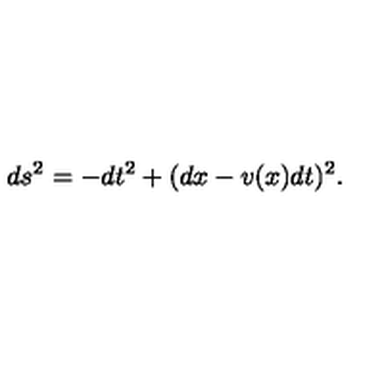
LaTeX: d s ^ { 2 } = - d t ^ { 2 } + ( d x - v ( x ) d t ) ^ { 2 } .